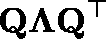
\mathbf { Q \Lambda { } Q } ^ { \top }